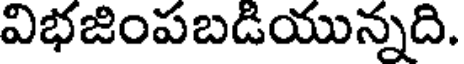
విభజింపబడియున్నది.